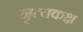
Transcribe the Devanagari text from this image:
नृत्यकक्ष